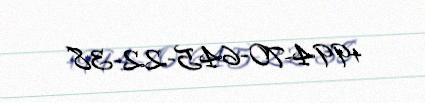
+994-70-645-22-38